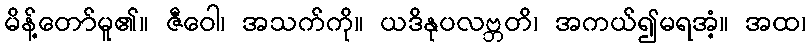
မိန့်တော်မူ၏။ ဇီဝေါ၊ အသက်ကို။ ယဒိနုပလဗ္ဘတိ၊ အကယ်၍မရအံ့။ အထ၊